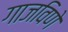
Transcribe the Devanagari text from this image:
गाजविणे